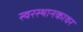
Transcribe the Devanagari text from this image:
स्वरस्थानकावर